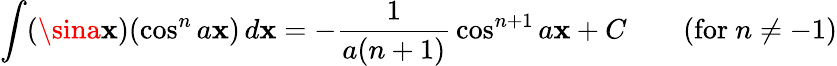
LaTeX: \int(\sina\mathbf{x})(\cos^{n}a\mathbf{x})\, d\mathbf{x}=-{\frac{{1}}{{a(n+1)}}}\cos^{n+1}a\mathbf{x}+C\qquad{\mathrm{{(for~}}}n\neq-1{\mathrm{{)}}}